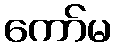
ကော်မ